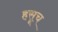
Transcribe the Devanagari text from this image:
हसूच